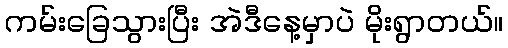
ကမ်းခြေသွားပြီး အဲဒီနေ့မှာပဲ မိုးရွာတယ်။